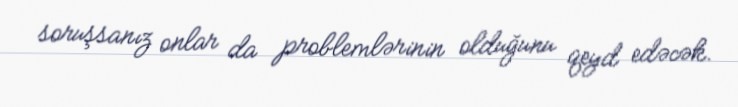
soruşsanız onlar da problemlərinin olduğunu qeyd edəcək.